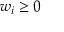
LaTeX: w _ { i } \geq 0